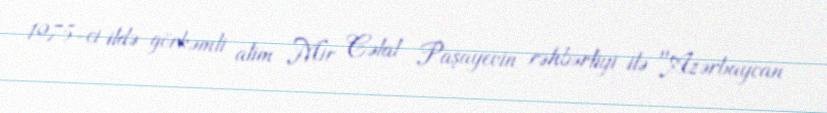
1975-ci ildə görkəmli alim Mir Cəlal Paşayevin rəhbərliyi ilə "Azərbaycan